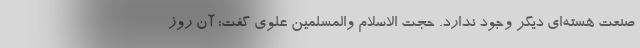
صنعت هسته‌ای دیگر وجود ندارد. حجت الاسلام والمسلمین علوی گفت: آن روز